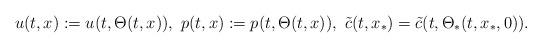
LaTeX: \begin{align*}u(t,x) := u(t,\Theta(t,x)), \ p(t,x) := p(t,\Theta(t,x)), \ \tilde{c}(t,x_{*}) = \tilde{c}(t,\Theta_\ast(t,x_{*}, 0)).\end{align*}